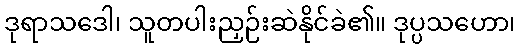
ဒုရာသဒေါ၊ သူတပါးညှဉ်းဆဲနိုင်ခဲ၏။ ဒုပ္ပသဟော၊